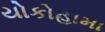
યોકોહામા